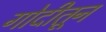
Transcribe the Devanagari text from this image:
गोदीतून